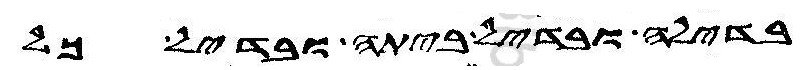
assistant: בדילה ובדיל ביתה ובדיל כל